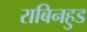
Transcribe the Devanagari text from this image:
राबिनहुड